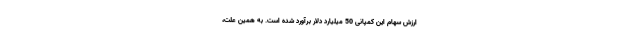
ارزش سهام این کمپانی 50 میلیارد دلار برآورد شده است. به همین علت،